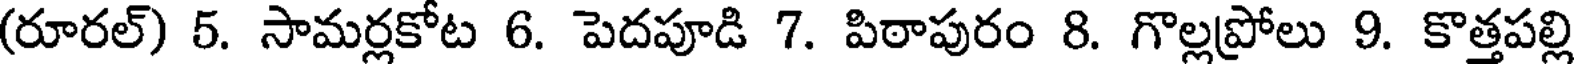
(రూరల్) 5. సామర్లకోట 6. పెదపూడి 7. పిఠాపురం 8. గొల్లప్రోలు 9. కొత్తపల్లి